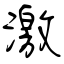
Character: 激